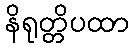
နိရုတ္တိပထာ